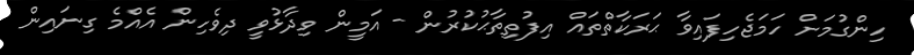
ހިންގުމަށް ހަމަޖެހިފައިވާ ޙަރަކާތްތައް އިފުތިތާޙުކުރުން - އަމީން ވިދާޅުވީ ދިވެހިން އެއްމެ ގިނައިން